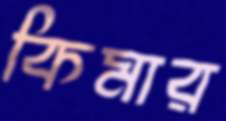
কিমার